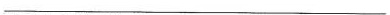
___